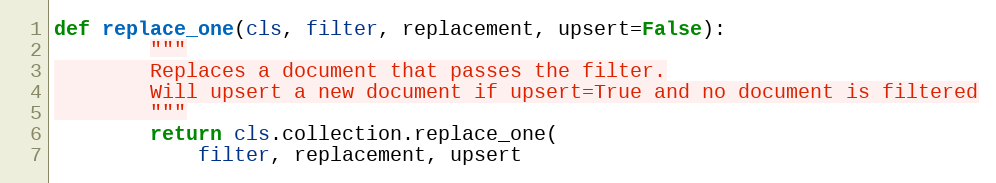
Language: Python
def replace_one(cls, filter, replacement, upsert=False):
        """
        Replaces a document that passes the filter.
        Will upsert a new document if upsert=True and no document is filtered
        """
        return cls.collection.replace_one(
            filter, replacement, upsert